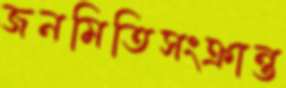
জনমিতিসংক্রান্ত